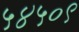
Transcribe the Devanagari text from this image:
५४५०९